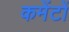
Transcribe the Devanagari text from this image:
कमेंटों